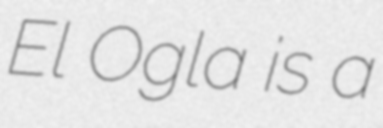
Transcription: El Ogla is a